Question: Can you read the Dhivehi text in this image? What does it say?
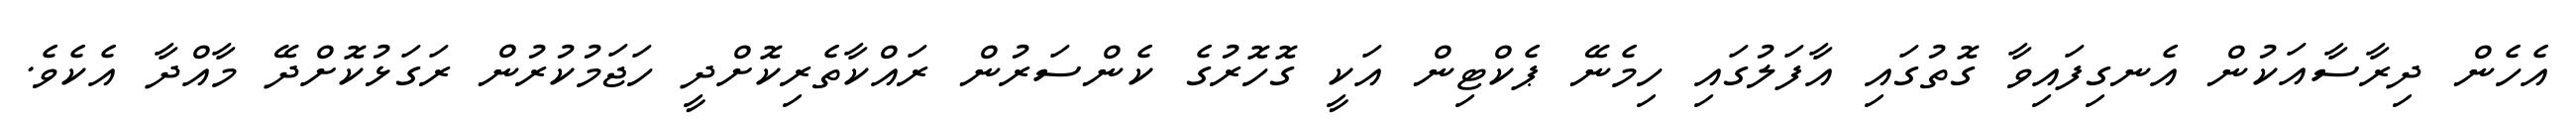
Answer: އެހެން ދިރާސާއަކުން އެނގިފައިވާ ގޮތުގައި އާފަލުގައި ހިމެނޭ ޕެކްޓިން އަކީ ގޮހޮރުގެ ކެންސަރުން ރައްކާތެރިކޮށްދީ ހަޖަމުކުރުން ރަގަޅުކޮށްދޭ މާއްދާ އެކެވެ.